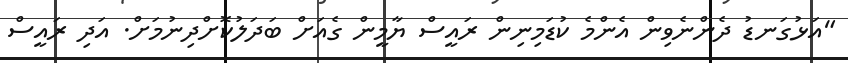
"އަޅުގަނޑު ދެންނެވިން އެންމެ ކުޑަމިނިން ރައީސް ޔާމީން ގެއަށް ބަދަލުކޮށްދިނުމަށް. އަދި ރައީސް